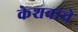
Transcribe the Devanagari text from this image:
केशवांचे